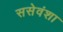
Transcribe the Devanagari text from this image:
ससेवंशा